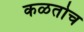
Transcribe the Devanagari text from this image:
कळतोच